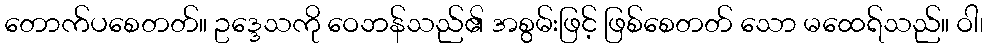
တောက်ပစေတတ်။ ဥဒ္ဒေသကို ဝေဘန်သည်၏ အစွမ်းဖြင့် ဖြစ်စေတတ် သော မထေရ်သည်။ ဝါ၊